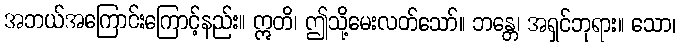
အဘယ်အကြောင်းကြောင့်နည်း။ ဣတိ၊ ဤသို့မေးလတ်သော်။ ဘန္တေ၊ အရှင်ဘုရား။ သော၊